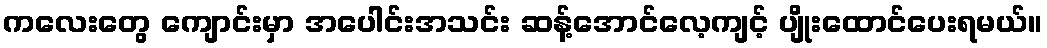
ကလေးတွေ ကျောင်းမှာ အပေါင်းအသင်း ဆန့်အောင်လေ့ကျင့် ပျိုးထောင်ပေးရမယ်။